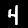
Digit: 4